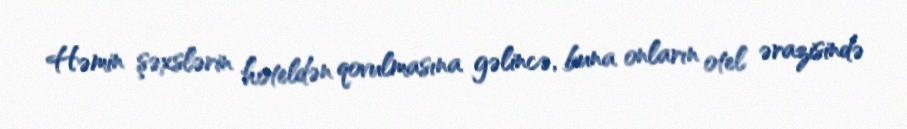
Həmin şəxslərin hoteldən qovulmasına gəlincə, buna onların otel ərazisində